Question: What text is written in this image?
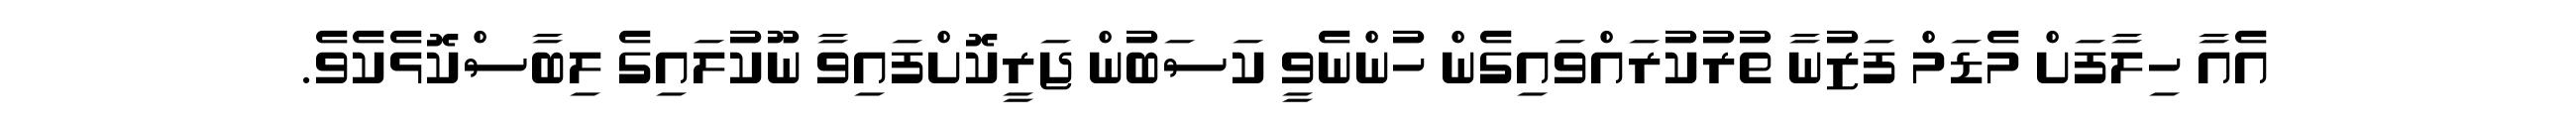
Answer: އެއާ ހިލާފަށް މެޑަމް ފަޒުނާ ތުރުކުރައްވައިގެން ހުންނެވީ ކަސަބުން ޖަރީކޮށްފައިވާ ނޫކުލައިގެ ލިބާސްކޮޅެކެވެ.